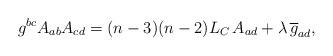
LaTeX: \begin{align*}g^{bc}A_{ab}A_{cd} = (n-3)(n-2) L_{C}\, A_{ad} + \lambda \, \overline{g}_{ad} ,\end{align*}